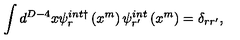
\int d ^ { D - 4 } x \psi _ { r } ^ { i n t \dagger } \left( x ^ { m } \right) \psi _ { r ^ { \prime } } ^ { i n t } \left( x ^ { m } \right) = \delta _ { r r ^ { \prime } } ,